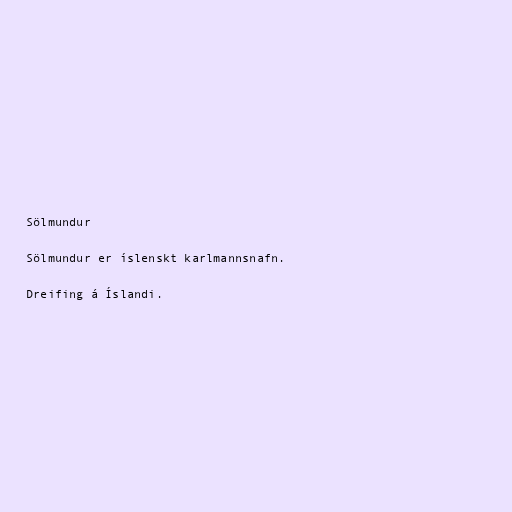
Sölmundur

Sölmundur er íslenskt karlmannsnafn.

Dreifing á Íslandi.